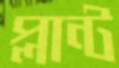
প্লান্ট